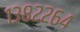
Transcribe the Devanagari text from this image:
१३८२२६४